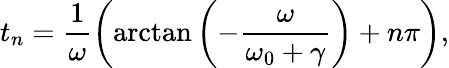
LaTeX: t_{n}=\frac{1}{\omega}\left(\arctan\left(-\frac{\omega}{\omega_{0}+\gamma}\right)+n\pi\right),